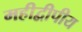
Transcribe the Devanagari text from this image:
महीद्वीपीय